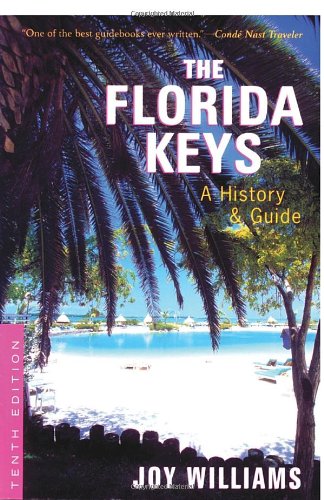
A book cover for The Florida Keys: A History & Guide Tenth Edition; Joy Williams; Travel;